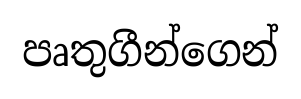
පෘතුගීන්ගෙන්